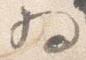
為